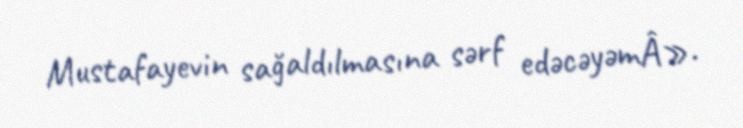
Mustafayevin sağaldılmasına sərf edəcəyəmÂ».